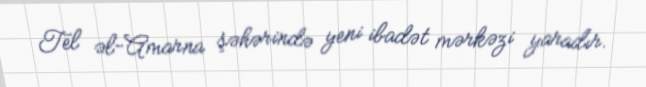
Tel əl-Amarna şəhərində yeni ibadət mərkəzi yaradır.